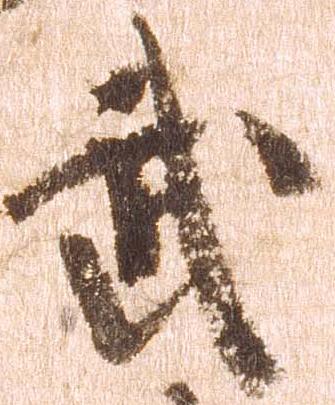
武